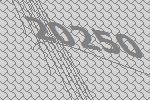
20250